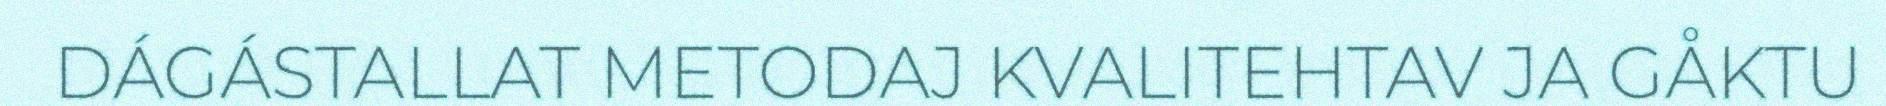
DÁGÁSTALLAT METODAJ KVALITEHTAV JA GÅKTU